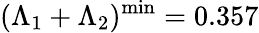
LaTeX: (\Lambda_{1}+\Lambda_{2})^{\mathrm{min}}=0.357